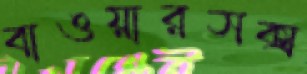
বাওয়ারসক্স